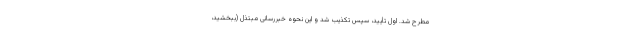
مطرح شد. اول تأیید، سپس تکذیب شد و این نحوه خبررسانی مبتذل (ببخشید،